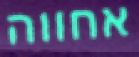
אחווה